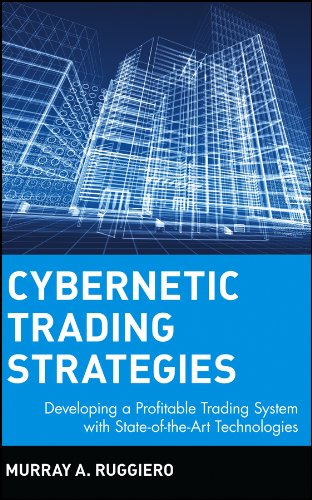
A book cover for Cybernetic Trading Strategies: Developing a Profitable Trading System with State-of-the-Art Technologies; Murray A. Ruggiero; Computers & Technology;